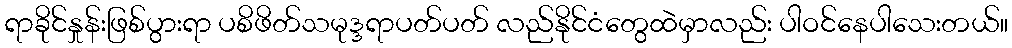
ရာခိုင်နှုန်းဖြစ်ပွားရာ ပစိဖိတ်သမုဒ္ဒရာပတ်ပတ် လည်နိုင်ငံတွေထဲမှာလည်း ပါဝင်နေပါသေးတယ်။